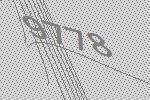
9778